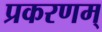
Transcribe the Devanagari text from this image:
प्रकरणम्‌